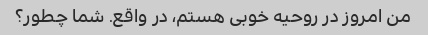
من امروز در روحیه خوبی هستم، در واقع. شما چطور؟